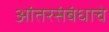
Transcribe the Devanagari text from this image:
आंतरसंबंधाचे